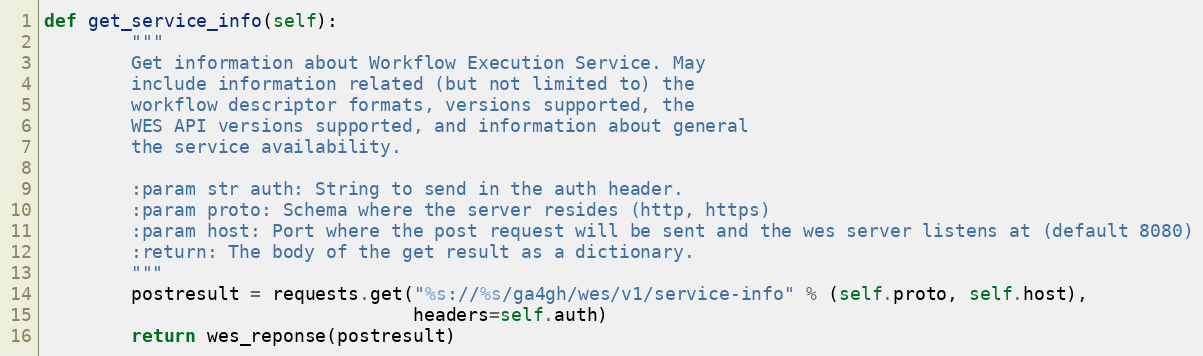
Language: Python
def get_service_info(self):
        """
        Get information about Workflow Execution Service. May
        include information related (but not limited to) the
        workflow descriptor formats, versions supported, the
        WES API versions supported, and information about general
        the service availability.

        :param str auth: String to send in the auth header.
        :param proto: Schema where the server resides (http, https)
        :param host: Port where the post request will be sent and the wes server listens at (default 8080)
        :return: The body of the get result as a dictionary.
        """
        postresult = requests.get("%s://%s/ga4gh/wes/v1/service-info" % (self.proto, self.host),
                                  headers=self.auth)
        return wes_reponse(postresult)